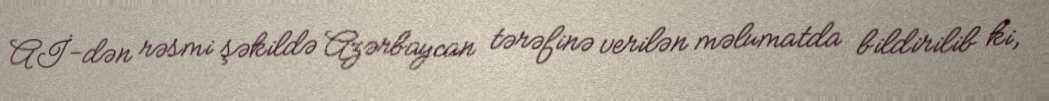
Aİ-dən rəsmi şəkildə Azərbaycan tərəfinə verilən məlumatda bildirilib ki,